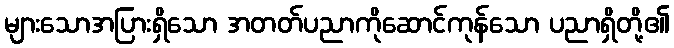
များသောအပြားရှိသော အတတ်ပညာကိုဆောင်ကုန်သော ပညာရှိတို့၏